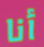
أنا